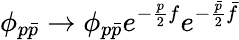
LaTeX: \phi_{p{\bar{p}}}\rightarrow\phi_{p{\bar{p}}}e^{-\frac{p}{2}f}e^{-\frac{\bar{p}}{2}{\bar{f}}}